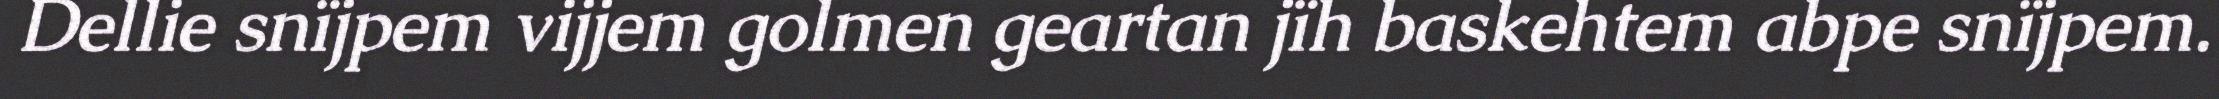
Dellie snïjpem vijjem golmen geartan jïh baskehtem abpe snïjpem.